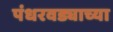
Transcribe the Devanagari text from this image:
पंधरवड्याच्या